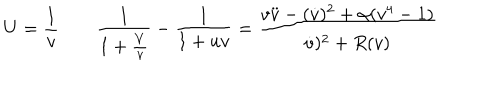
LaTeX: U = { \frac { 1 } { v } } \qquad { \frac { 1 } { 1 + { \frac { V } { v } } } } - { \frac { 1 } { 1 + u v } } = \frac { v \ddot { v } - ( \dot { v } ) ^ { 2 } + \alpha ( v ^ { 4 } - 1 ) } { \dot { v } ) ^ { 2 } + R ( v ) }